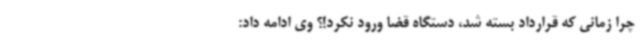
چرا زمانی که قرارداد بسته شد، دستگاه قضا ورود نکرد!؟ وی ادامه داد: